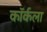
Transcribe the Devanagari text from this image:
कॉर्कला